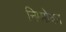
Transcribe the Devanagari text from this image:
निम्मोका